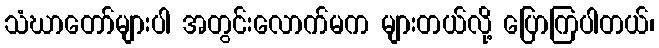
သံဃာတော်များပါ အတွင်းလောက်မက များတယ်လို့ ပြောကြပါတယ်၊